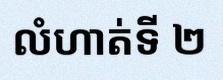
លំហាត់ទី ២